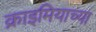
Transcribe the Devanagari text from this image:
क्राइमियाच्या